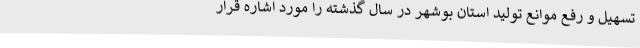
تسهیل و رفع موانع تولید استان بوشهر در سال گذشته را مورد اشاره قرار